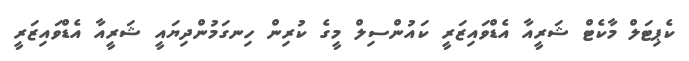
ކެޕިޓަލް މާކެޓް ޝަރީއާ އެޑްވައިޒަރީ ކައުންސިލް މީގެ ކުރިން ހިނގަމުންދިޔައީ ޝަރީއާ އެޑްވައިޒަރީ